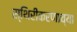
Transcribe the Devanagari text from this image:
स्थिरीकरणाच्या